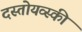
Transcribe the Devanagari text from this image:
दस्तोयव्स्की